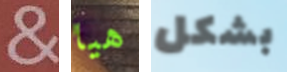
& هيا بشكل